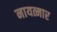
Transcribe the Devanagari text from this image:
नायत्मार